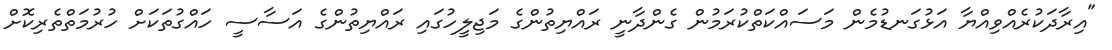
"އިރާދަކުރެއްވިއްޔާ އަޅުގަނޑުމެން މަސައްކަތްކުރަމުން ގެންދާނީ ރައްޔިތުންގެ މަޖިލީހުގައި ރައްޔިތުންގެ އަސާސީ ހައްގުތަކަށް ހުރުމަތްތެރިކޮށް